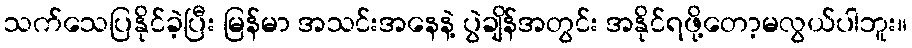
သက်သေပြနိုင်ခဲ့ပြီး မြန်မာ အသင်းအနေနဲ့ ပွဲချိန်အတွင်း အနိုင်ရဖို့တော့မလွယ်ပါဘူး။